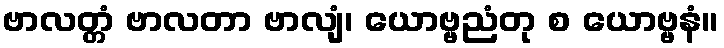
ဗာလတ္တံ ဗာလတာ ဗာလျံ၊ ယောဗ္ဗညံတု စ ယောဗ္ဗနံ။